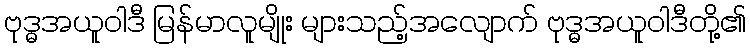
ဗုဒ္ဓအယူဝါဒီ မြန်မာလူမျိုး များသည့်အလျောက် ဗုဒ္ဓအယူဝါဒီတို့၏